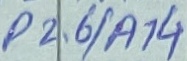
Text: P2.6/A14